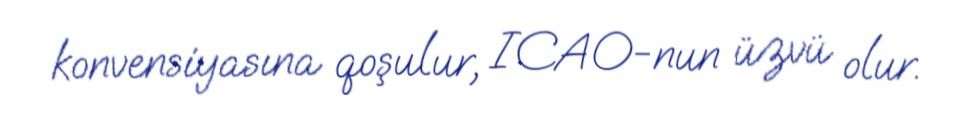
konvensiyasına qoşulur, ICAO-nun üzvü olur.